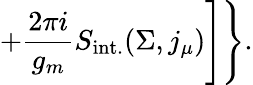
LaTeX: +\frac{2\pi i}{g_{m}}S_{\mathrm{int.}}(\Sigma,j_{\mu})\Biggr]\Biggr\} .